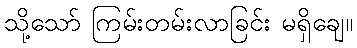
သို့သော် ကြမ်းတမ်းလာခြင်း မရှိချေ။